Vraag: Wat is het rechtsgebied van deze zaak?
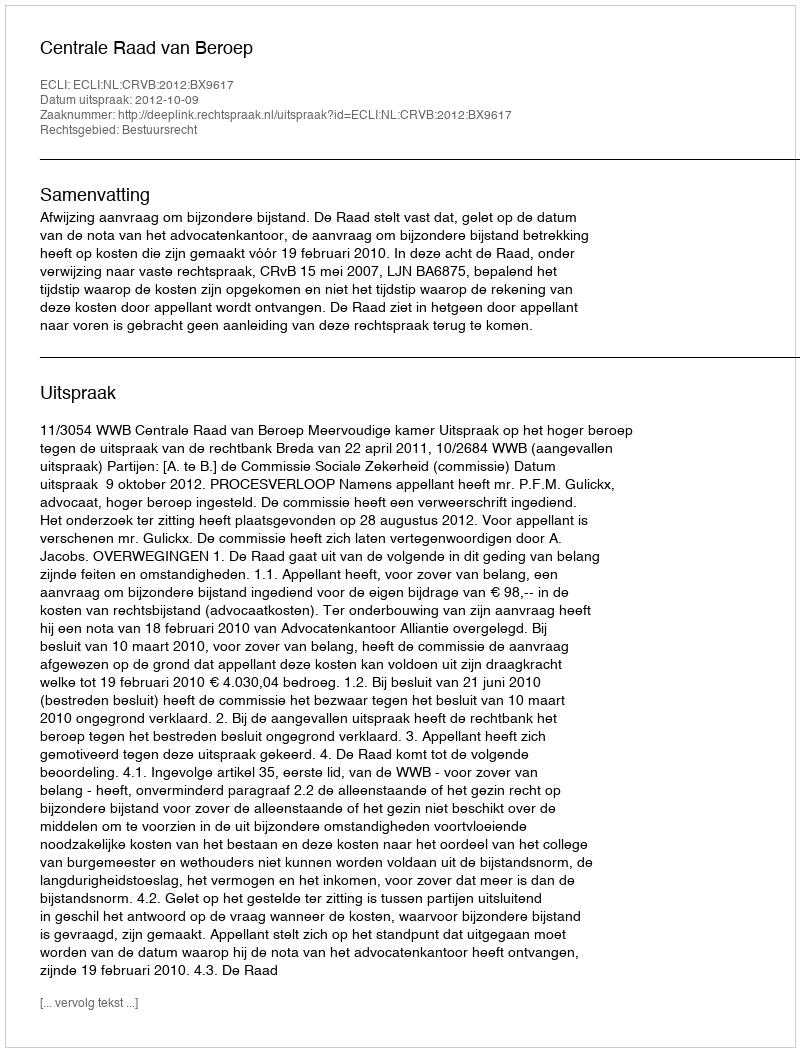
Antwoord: Bestuursrecht